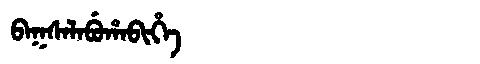
Manchu: ᠪᠠᡴᠰᠠᠯᠠᠪᡠᡥᠠᠪᡳᡥᡝ
Romanization: BAKSALABUHABIHE